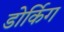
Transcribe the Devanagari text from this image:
डोर्किग